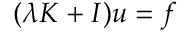
( \lambda K + I ) u = f